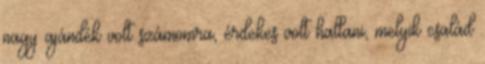
nagy ajándék volt számomra, érdekes volt hallani, melyik család